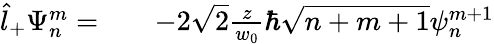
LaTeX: \begin{array}{rlr}{\hat{l}_{+}\Psi_{n}^{m}=}&{{}}&{-2\sqrt{2}\frac{z}{w_{0}}\hbar\sqrt{n+m+1}\psi_{n}^{m+1}}\end{array}